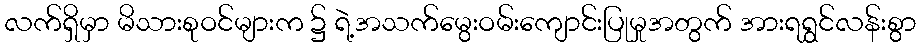
လက်ရှိမှာ မိသားစုဝင်များက ၌ ရဲ့အသက်မွေးဝမ်းကျောင်းပြုမှုအတွက် အားရရွှင်လန်းစွာ